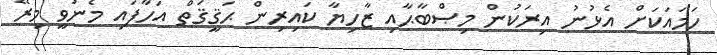
ހަމައަކަށް އެޅުނު އިރަކުން މިޞްބާޙާއި ޒާހިޔާ ކައިރިން ޙަޤީޤަތް އަހާފައި މެނުވީ މިރޭ